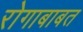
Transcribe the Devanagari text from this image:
रोगाबाबत